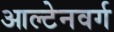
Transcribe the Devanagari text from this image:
आल्टेनवर्ग